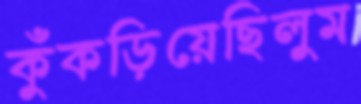
কুঁকড়িয়েছিলুম